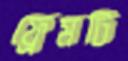
ফ্রেমটি